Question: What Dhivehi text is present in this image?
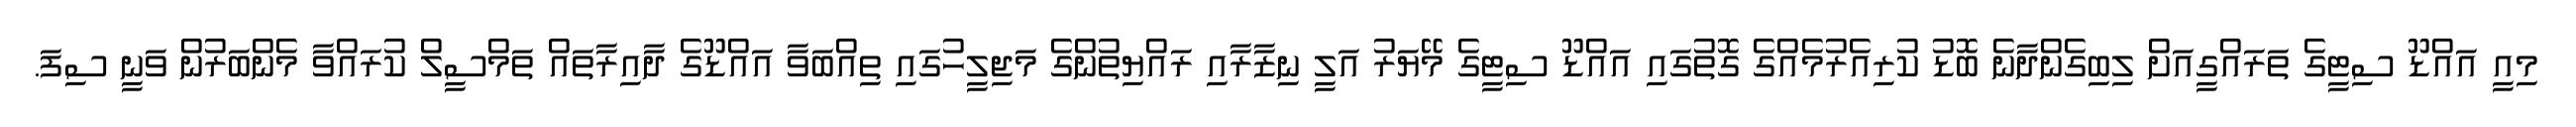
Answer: މިއީ އައްޑޫ ސިޓީގެ ތަރައްގީއަށް ލިބިގެންދާނެ ބޮޑު ކުރިއެރުމެއްގެ ގޮތުގައި އައްޑޫ ސިޓީގެ މޭޔަރު އަލީ ނިޒާރާއި ރައްޔިތުންގެ މަޖިލީހުގައި ތިއްބަވާ އައްޑޫގެ ދާއިރާތައް ތަމްސީލް ކުރައްވާ މެންބަރުން ވަނީ ސިފަ.